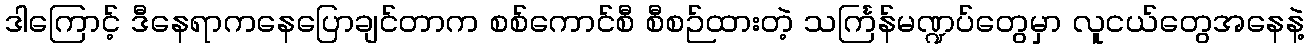
ဒါကြောင့် ဒီနေရာကနေပြောချင်တာက စစ်ကောင်စီ စီစဉ်ထားတဲ့ သင်္ကြန်မဏ္ဍပ်တွေမှာ လူငယ်တွေအနေနဲ့